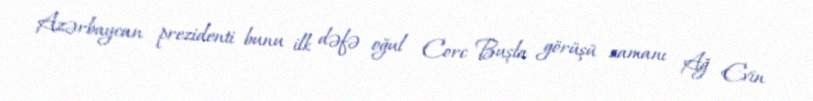
Azərbaycan prezidenti bunu ilk dəfə oğul Corc Buşla görüşü zamanı Ağ Evin